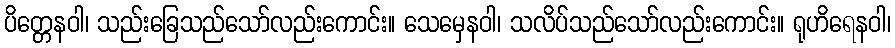
ပိတ္တေနဝါ၊ သည်းခြေသည်သော်လည်းကောင်း။ သေမှေနဝါ၊ သလိပ်သည်သော်လည်းကောင်း။ ရုဟိရေနဝါ၊